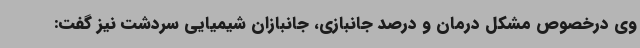
وی درخصوص مشکل درمان و درصد جانبازی، جانبازان شیمیایی سردشت نیز گفت: